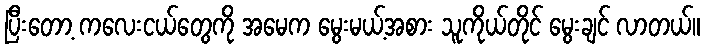
ပြီးတော့ ကလေးငယ်တွေကို အမေက မွေးမယ့်အစား သူကိုယ်တိုင် မွေးချင် လာတယ်။